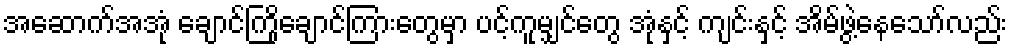
အဆောက်အအုံ ချောင်ကြိုချောင်ကြားတွေမှာ ပင့်ကူမျှင်တွေ အုံနှင့် ကျင်းနှင့် အိမ်ဖွဲ့နေသော်လည်း